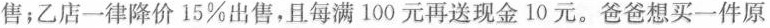
售；乙店一律降价15\%出售，且每满100元再送现金10元。爸爸想买一件原